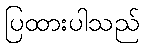
ပြထားပါသည်